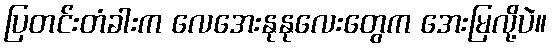
ပြတင်းတံခါးက လေအေးနုနုလေးတွေက အေးမြလို့ပဲ။